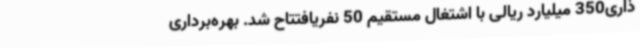
ذاری350 میلیارد ریالی با اشتغال مستقیم 50 نفریافتتاح شد. بهره‌برداری